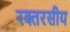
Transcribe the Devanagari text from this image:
रक्तरसीय